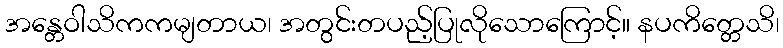
အန္တေဝါသိကကမျတာယ၊ အတွင်းတပည့်ပြုလိုသောကြောင့်။ နပကိတ္တေသိ၊